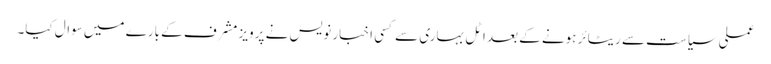
عملی سیاست سے ریٹائر ہونے کے بعد اٹل بہاری سے کسی اخبار نویس نے پرویز مشرف کے بارے میں سوال کیا۔